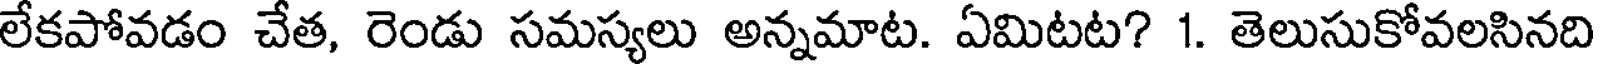
లేకపోవడం చేత, రెండు సమస్యలు అన్నమాట. ఏమిటట? 1. తెలుసుకోవలసినది